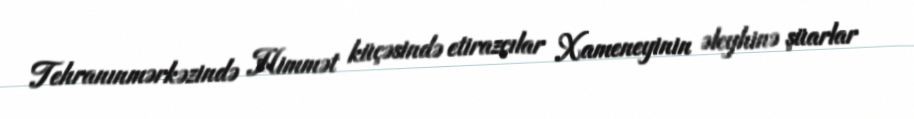
Tehranınmərkəzində Himmət küçəsində etirazçılar Xameneyinin əleyhinə şüarlar